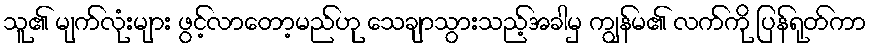
သူ၏ မျက်လုံးများ ဖွင့်လာတော့မည်ဟု သေချာသွားသည့်အခါမှ ကျွန်မ၏ လက်ကို ပြန်ရုတ်ကာ